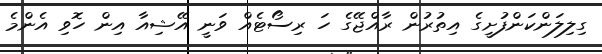
ގިލިލަންކަންފުށީގެ އިތުރުން ރާއްޖޭގެ ހަ ރިސޯޓެއް ވަނީ އޭޝިއާ އިން ހޮވި އެންމެ